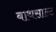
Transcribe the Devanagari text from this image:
बाथसाल्ट